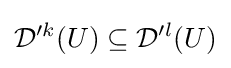
{\mathcal {D}}'^{k}(U)\subseteq {\mathcal {D}}'^{l}(U)